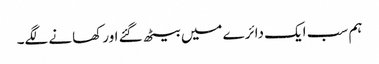
ہم سب ایک دائرے میں بیٹھ گئے اور کھانے لگے۔